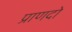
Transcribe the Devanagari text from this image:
प्राणदो